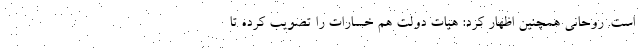
است. روحانی همچنین اظهار کرد: هیات دولت هم خسارات را تصویب کرده تا